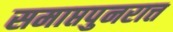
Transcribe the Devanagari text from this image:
समाप्तपुनरात्त